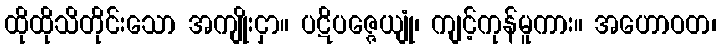
ထိုထိုသိတိုင်းသော အကျိုးငှာ။ ပဋိပဇ္ဇေယျုံ၊ ကျင့်ကုန်မူကား။ အဟောဝတ၊